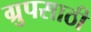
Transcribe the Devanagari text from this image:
ग्रुपसाठी